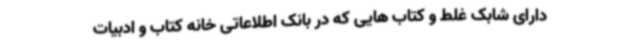
دارای شابک غلط و کتاب هایی که در بانک اطلاعاتی خانه کتاب و ادبیات